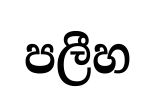
පලීහ